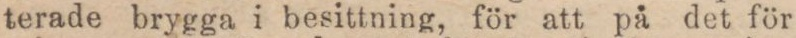
terade brygga i besittning, för att på det för